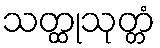
သတ္ထုသုတ္တံ